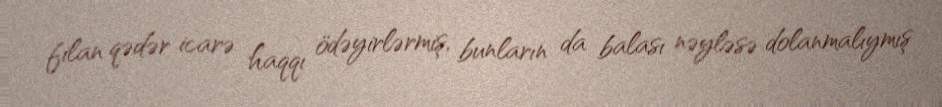
filan qədər icarə haqqı ödəyirlərmiş, bunların da balası nəyləsə dolanmalıymış